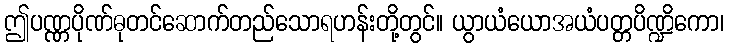
ဤပဏ္ဏပိုဏ်ဓုတင်ဆောက်တည်သောရဟန်းတို့တွင်။ ယွာယံယောအယံပတ္တပိဏ္ဍိကော၊